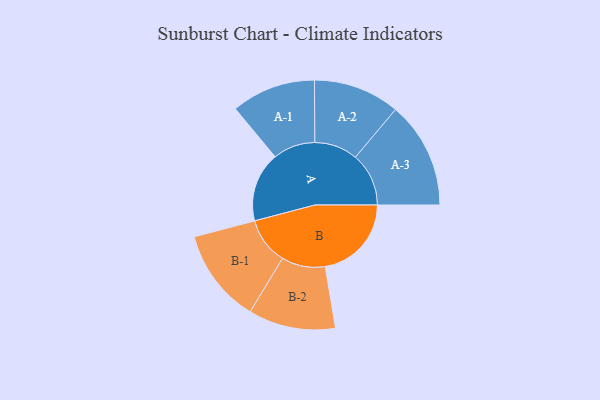
{"axis": {"x": "Segment", "y": "Value"}, "legend": ["", "A", "B"], "data": [{"x": "A", "y": 342, "type": ""}, {"x": "B", "y": 423, "type": ""}, {"x": "A-1", "y": 207, "type": "A"}, {"x": "A-2", "y": 212, "type": "A"}, {"x": "A-3", "y": 262, "type": "A"}, {"x": "B-1", "y": 231, "type": "B"}, {"x": "B-2", "y": 214, "type": "B"}]}